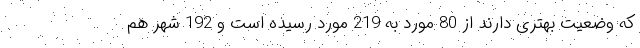
که وضعیت بهتری دارند از 80 مورد به 219 مورد رسیده است و 192 شهر هم